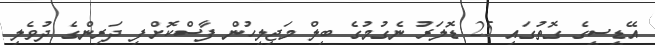
އޭޑީސީގެ ގޮތުގައި 25 ޑޮލަރު ނެގުމުގެ ބިލް މަޖިލީހުން ފާސްކޮށްފި ދަރިންގެ ދުވެލި